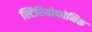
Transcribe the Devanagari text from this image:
स्टिरियोफोनिक